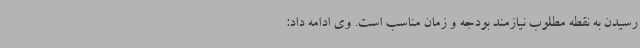
رسیدن به نقطه مطلوب نیازمند بودجه و زمان مناسب است. وی ادامه داد: